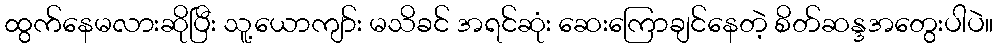
ထွက်နေမလားဆိုပြီး သူ့ယောကျာ်း မသိခင် အရင်ဆုံး ဆေးကြောချင်နေတဲ့ စိတ်ဆန္ဒအတွေးပါပဲ။